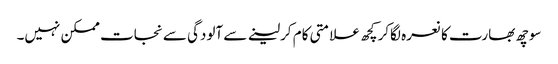
سوچھ بھارت کا نعرہ لگاکر کچھ علامتی کام کرلینے سے آلودگی سے نجات ممکن نہیں۔